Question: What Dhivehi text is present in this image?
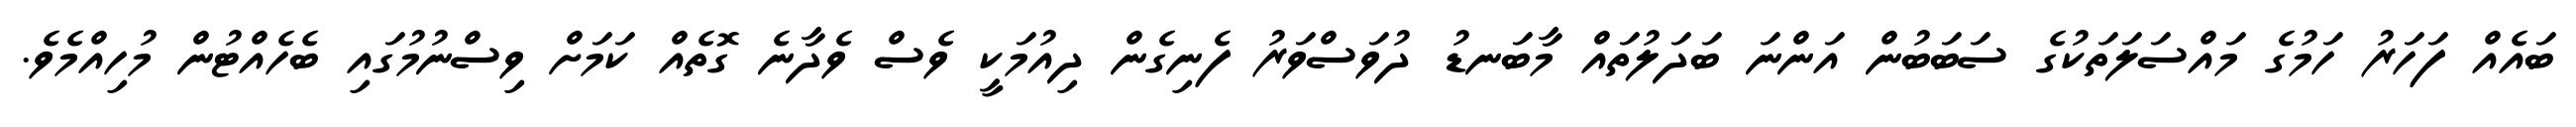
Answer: ބައެއް ފަހަރު ހަމުގެ މައްސަލަތަކުގެ ސަބަބުން އަންނަ ބަދަލުތައް މާބަނޑު ދުވަސްވަރު ފެނިގެން ދިއުމަކީ ވެސް ވެދާނެ ގޮތެއް ކަމަށް ވިސްނުމުގައި ބެހެއްޓުން މުހިއްމެވެ.